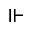
\Vdash